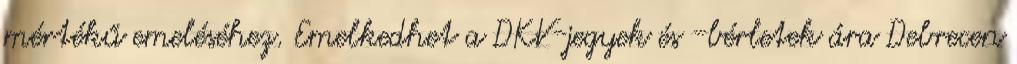
mértékű emeléséhez. Emelkedhet a DKV-jegyek és -bérletek ára Debrecen